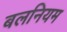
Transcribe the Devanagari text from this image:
बलनियम